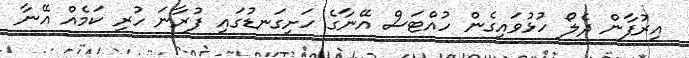
އިރުފާން ދެލޯ ހުޅުވައިގެން ހުއްޓަސް އޭނާގެ ހަށިގަނޑުގައި ފުރާނަ ހުރި ކަމެއް އޭނާ